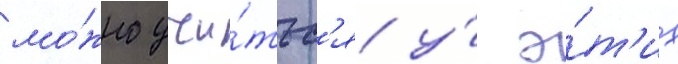
мо́жно учи́тьс'я у́ э́т'их